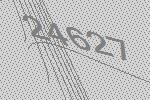
24627